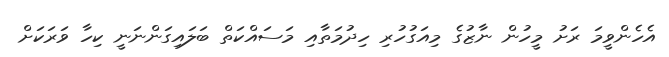
އެހެންވީމަ ރަށު މީހުން ނާޒުގެ މިއަގުހުރި ހިދުމަތާއި މަސައްކަތް ބަލައިގަންނަނީ ކިހާ ވަރަކަށް